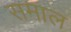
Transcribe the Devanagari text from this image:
समाल